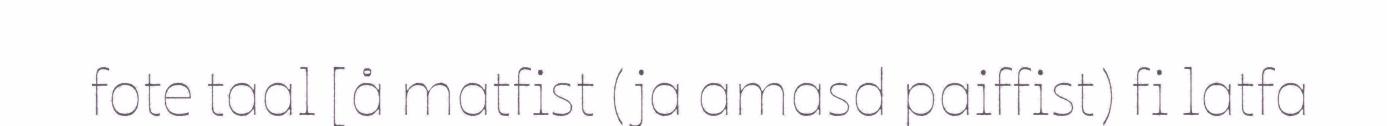
fote taal [å matfist (ja amasd paiffist) fi latfa